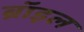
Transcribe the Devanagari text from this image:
ब्रॉइल